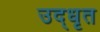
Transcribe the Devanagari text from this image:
उद्‍धृत